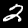
Digit: 2